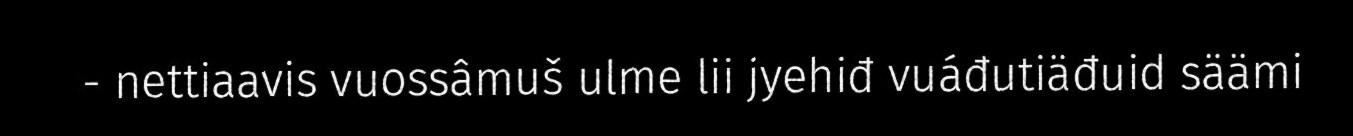
- nettiaavis vuossâmuš ulme lii jyehiđ vuáđutiäđuid säämi